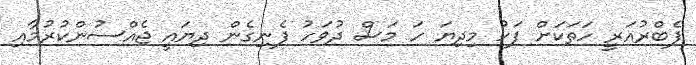
ފެބްރުއަރީ ހަތަކަށް ފަހު މިދިޔަ ހަ މަސް ދުވަހު ފެނިގެން ދިޔައީ ޖެއްސުންކުރުމާއި